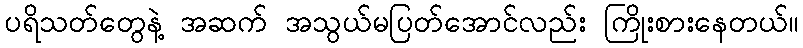
ပရိသတ်တွေနဲ့ အဆက် အသွယ်မပြတ်အောင်လည်း ကြိုးစားနေတယ်။